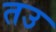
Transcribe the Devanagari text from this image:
तउ